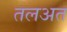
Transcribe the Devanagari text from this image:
तलअत